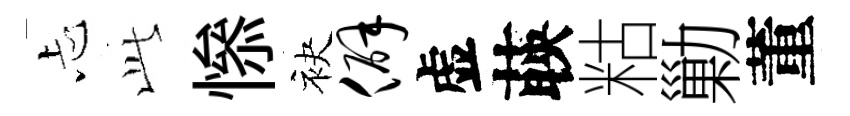
忐𬼘𢡖袂僻虚𦴤䊀勦董